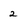
Character: 2